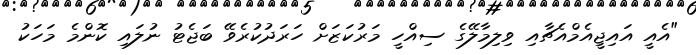
"އެއީ އައިޖީއެމްއެޗާއި ވިލިމާލޭގެ ސިއްހީ މަރުކަޒަށް ހަރަދުކުރެވޭ ބަޖެޓު ނުލައި ކޮންމެ މަހަކު